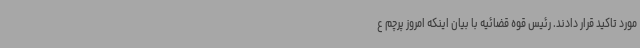
مورد تاکید قرار دادند. رئیس قوه قضائیه با بیان اینکه امروز پرچم ع